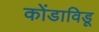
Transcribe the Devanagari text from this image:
कोंडाविडू